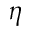
\eta